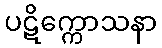
ပဋိက္ကောသနာ